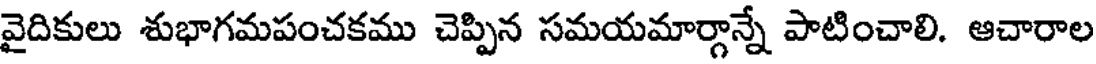
వైదికులు శుభాగమపంచకము చెప్పిన సమయమార్గాన్నే పాటించాలి. ఆచారాల